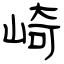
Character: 崎